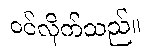
ဝင်လိုက်သည်။